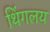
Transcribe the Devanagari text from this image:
थिंगलय